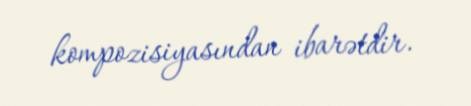
kompozisiyasından ibarətdir.